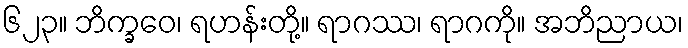
၆၂၃။ ဘိက္ခဝေ၊ ရဟန်းတို့။ ရာဂဿ၊ ရာဂကို။ အဘိညာယ၊